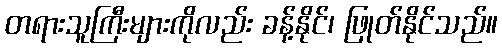
တရားသူကြီးများကိုလည်း ခန့်နိုင်၊ ဖြုတ်နိုင်သည်။